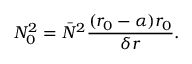
N _ { 0 } ^ { 2 } = \bar { N } ^ { 2 } \frac { ( r _ { 0 } - \alpha ) r _ { 0 } } { \delta r } .